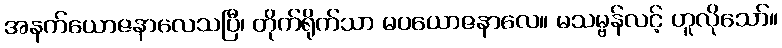
အနက်ယောဇနာလေသပြီ၊ တိုက်ရိုက်သာ မပယောဇနာလေ။ မသမ္ဗန်လင့် ဟူလိုသော်။